Sketch of the medical history of the native army of Bombay, for the year
Year: 1875
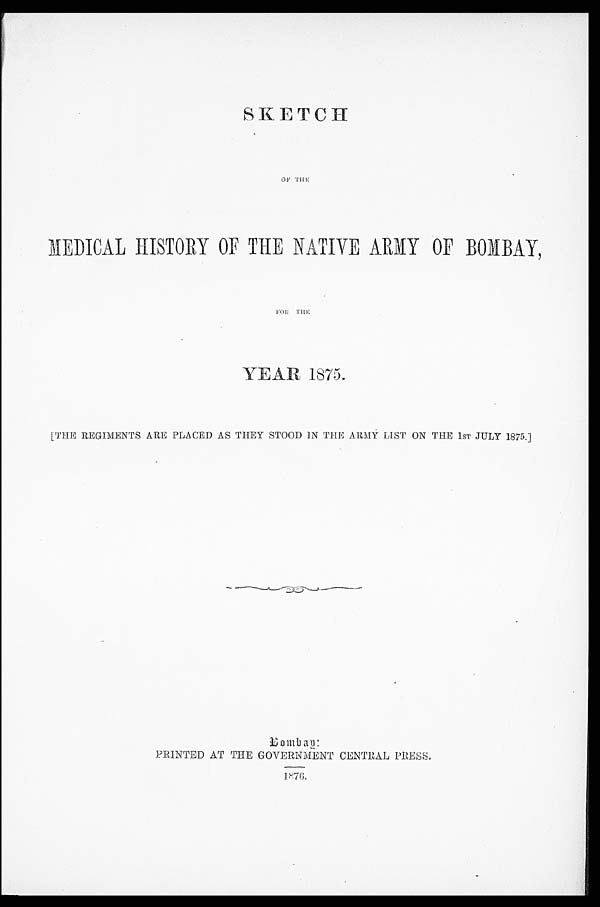
SKETCH
O F T H E
MEDICAL HISTORY OF THE NATIVE ARMY OF BOMBAY,
YEAR 1875.
[THE REGIMENTS ARE PLACED AS THEY STOOD 1N THE ARMY LIST ON THE 1ST JULY 1875.]
Bombay:
PRINTED AT THE GOVERNMENT CENTRAL PRESS.